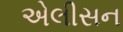
એલીસન